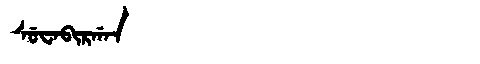
Manchu: ᠰᡠᠸᠠᠪᡳᡵᡤᠠᠨ
Romanization: SUWABIRGAN